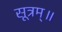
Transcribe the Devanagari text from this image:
सूत्रम्॥